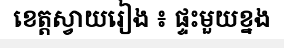
ខេត្តស្វាយរៀង ៖ ផ្ទះមួយខ្នង